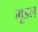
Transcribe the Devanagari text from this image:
मूडल